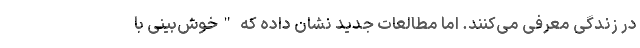
در زندگی معرفی می‌کنند. اما مطالعات جدید نشان داده که "خوش‌بینی با